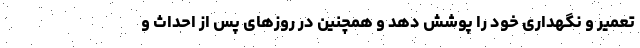
تعمیر و نگهداری خود را پوشش دهد و همچنین در روزهای پس از احداث و